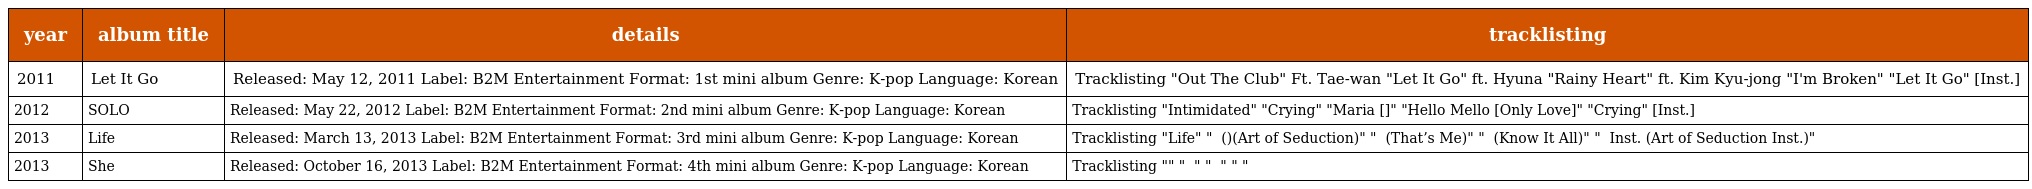
| year | album title | details | tracklisting |
 | --- | --- | --- | --- |
 | 2011 | Let It Go | Released: May 12, 2011 Label: B2M Entertainment Format: 1st mini album Genre: K-pop Language: Korean | Tracklisting "Out The Club" Ft. Tae-wan "Let It Go" ft. Hyuna "Rainy Heart" ft. Kim Kyu-jong "I'm Broken" "Let It Go" [Inst.] |
 | 2012 | SOLO | Released: May 22, 2012 Label: B2M Entertainment Format: 2nd mini album Genre: K-pop Language: Korean | Tracklisting "Intimidated" "Crying" "Maria [눈물나무]" "Hello Mello [Only Love]" "Crying" [Inst.] |
 | 2013 | Life | Released: March 13, 2013 Label: B2M Entertainment Format: 3rd mini album Genre: K-pop Language: Korean | Tracklisting "Life" "작업의 정석 (타이틀곡)(Art of Seduction)" "그게 나야 (That’s Me)" "알아 다 (Know It All)" "작업의 정석 Inst. (Art of Seduction Inst.)" |
 | 2013 | She | Released: October 16, 2013 Label: B2M Entertainment Format: 4th mini album Genre: K-pop Language: Korean | Tracklisting "휴" "못 다한 이야기" "몸이 약한 아이" "가을 길목" |